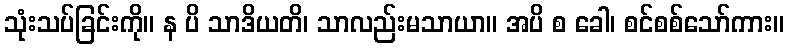
သုံးသပ်ခြင်းကို။ န ပိ သာဒိယတိ၊ သာလည်းမသာယာ။ အပိ စ ခေါ၊ စင်စစ်သော်ကား။